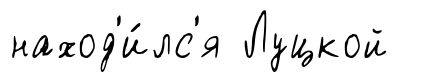
наход'и́лс'я Луцкой